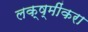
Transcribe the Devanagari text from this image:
लक्ष्मींकरा